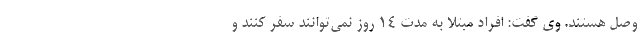
وصل هستند. وی گفت: افراد مبتلا به مدت ۱۴ روز نمی‌توانند سفر کنند و